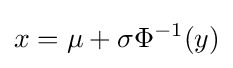
x=\mu +\sigma \Phi ^{-1}(y)